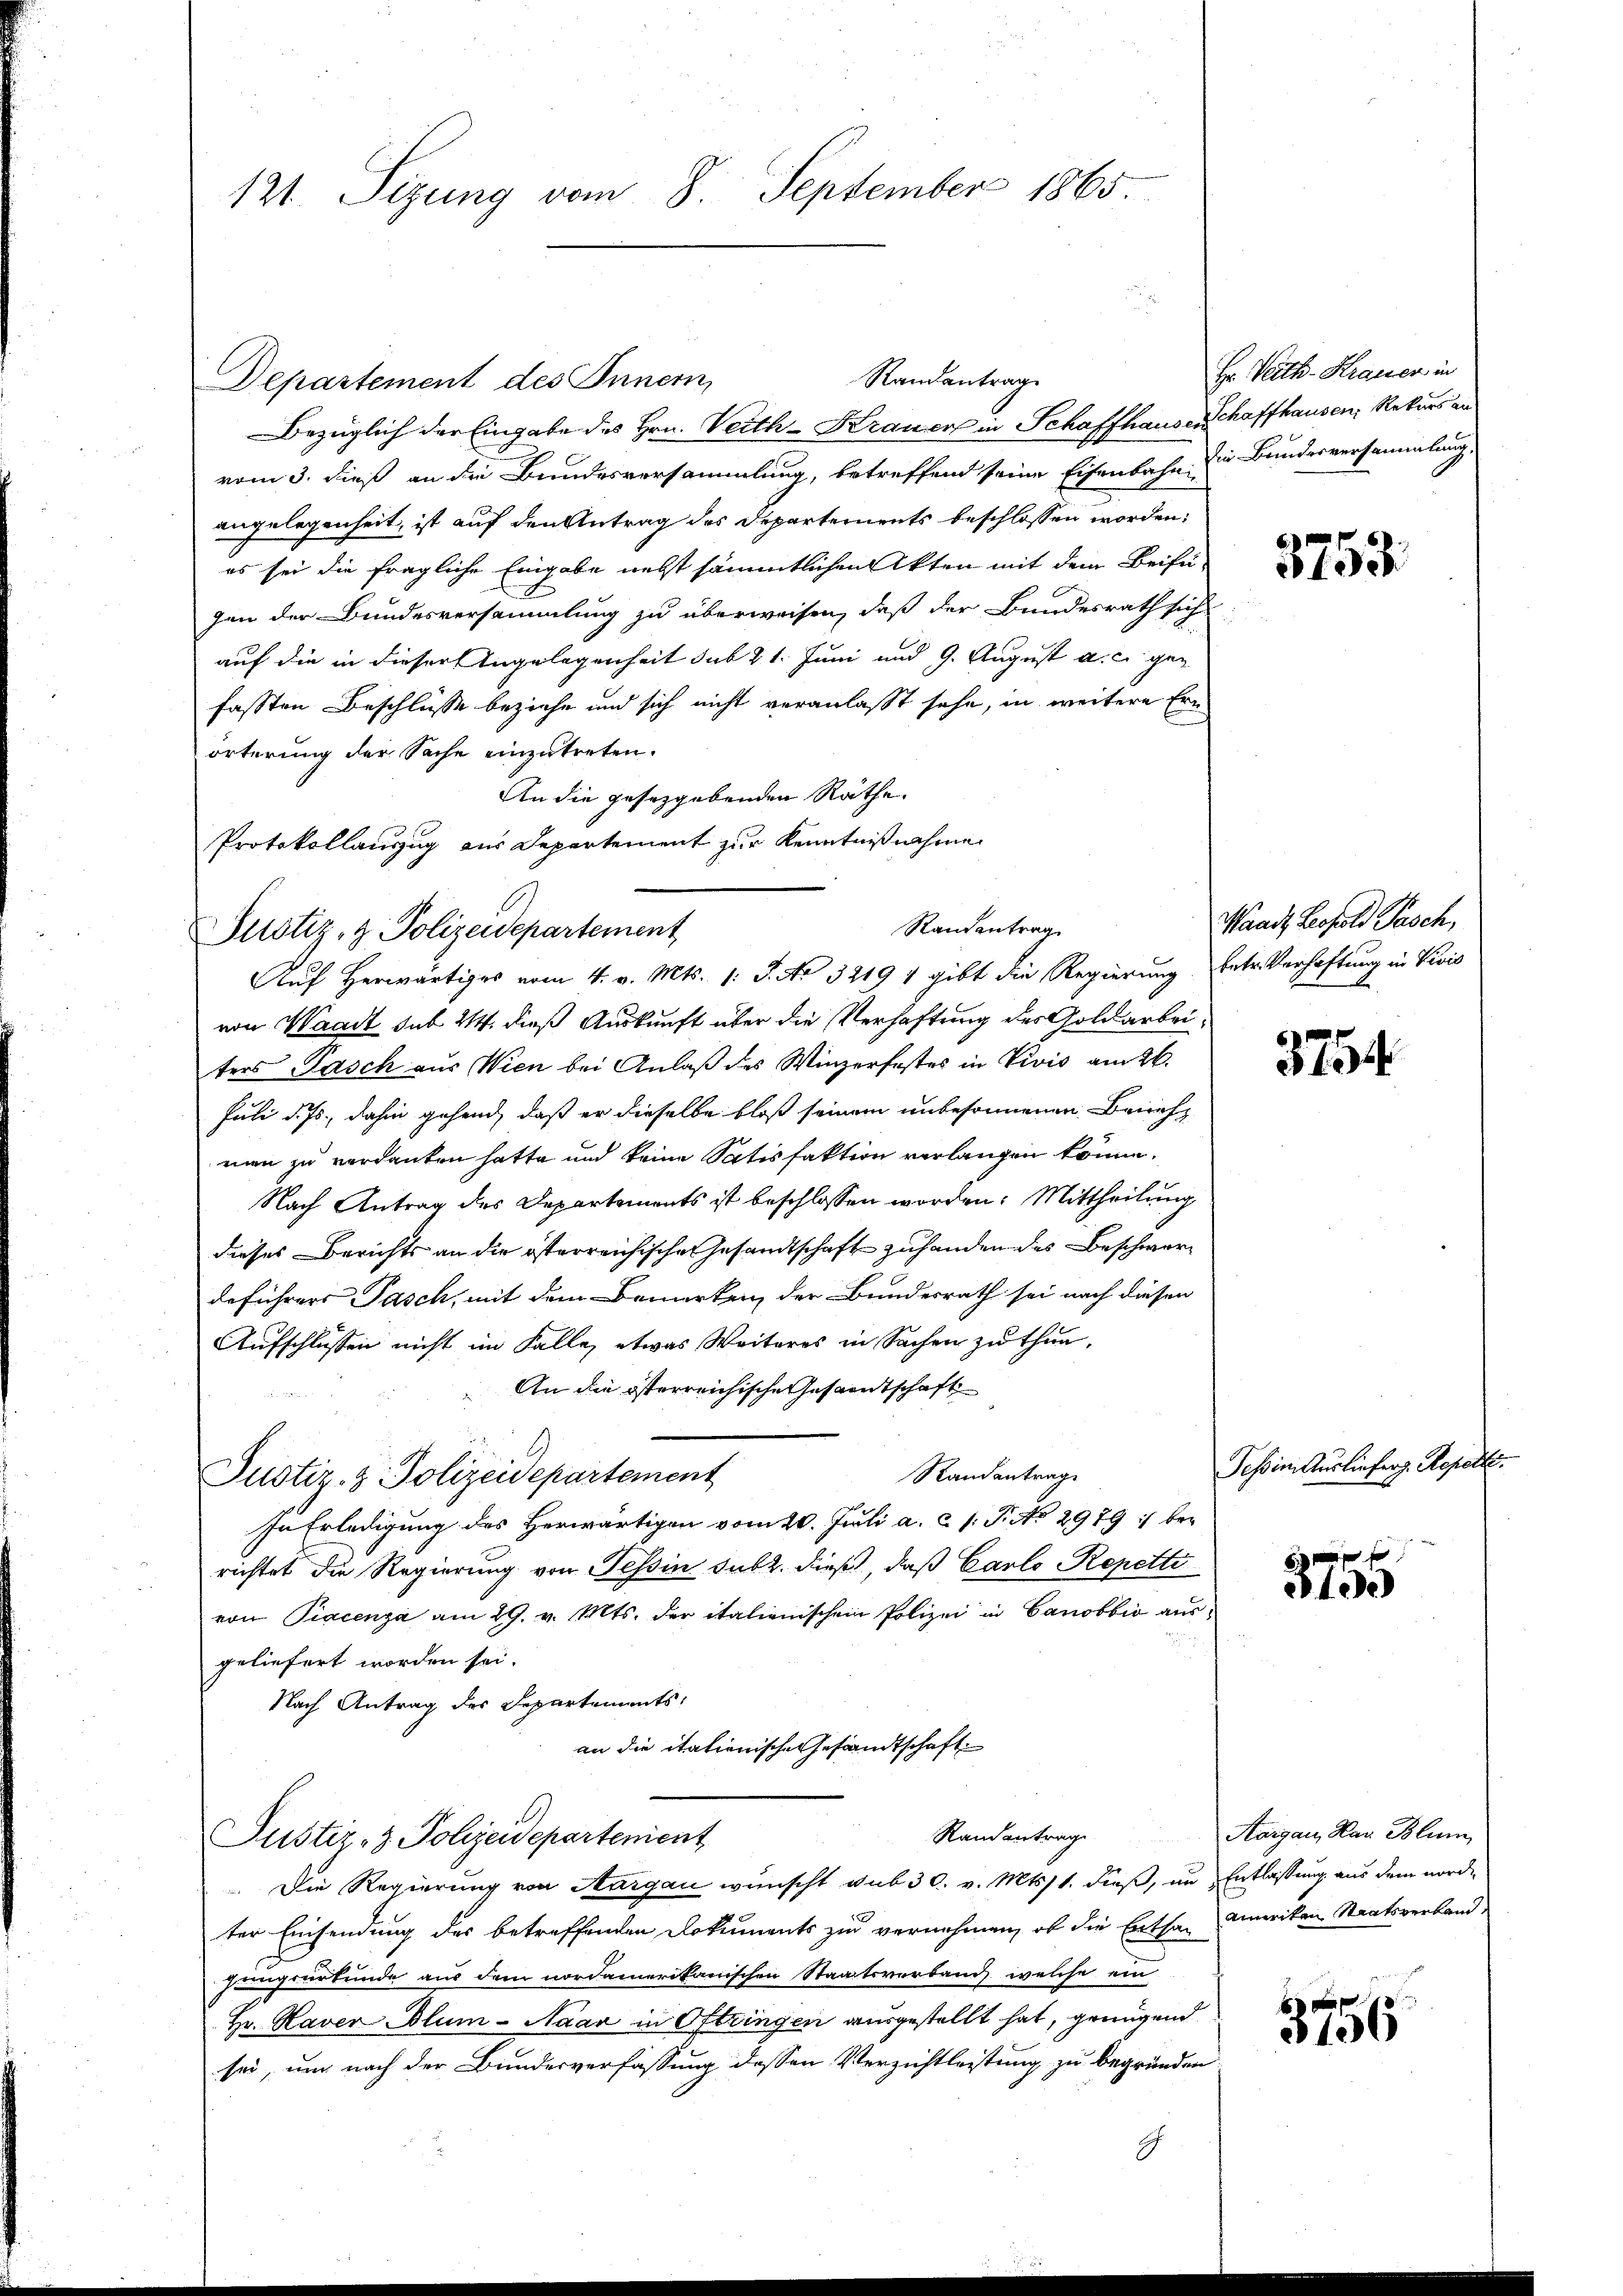
Departement des Innern,
Bezüglich der Eingabe des Hrn. Verth-Krauer in Schaffhauserschaffhausen, Rekurs an
vom 3. dieß an die Bundesversammlung, betreffend seine Eisenbahn die Bundesversammlung
angelegenheit, ist auf den Antrag des Departements beschlossen worden;
es sei die fragliche Eingabe nebst sämmtlichen Akten mit dem Beifü-
gen der Bundesversammlung zu überweisen, daß der Bundesrath sich
auf die in dieser Angelegenheit sub 21. Juni und 9. August a. c. gen
fassten Beschlüsse beziehe und sich nicht veranlasst sehe, in weitere Ern
örterung der Sache einzutreten.
An die gesetzgebenden Räthe
Protokollauszug aus Departement zur Kenntnißnahme
von Waadt sub 214. dieß Auskunft über die Verhaftung des Goldarbeiters Pasch aus Wien bei Anlaß des Winzerfestes in Vivis am 26.
Juli d. Js., dahin gehend, daß er dieselbe bloß seinem unbesonnenen Brief
men zu verdanken hatte und keine Satisfaktion verlangen könne.
Nach Antrag des Departements ist beschlossen worden. Mittheilung
dieses Berichts an die österreichische Gesandtschaft zuhanden des Beschwerdeführers Pasch, mit dem Bemerken, der Bundesrath sei nach diesen
Aufschlüssen nicht im Falle, etwas Weiteres in Sachen zu thun.
An die österreichische Gesamtschaft
1
Randantrage
Justiz- & Polizeidepartement
In Erledigung des Herwärtigen vom 20. Juli a. c. l. J. No 2979 : berichtet die Regierung von Tessin sub 2. dieß, daß Carlo Repetti
von Piacenza am 29. v. Mts. der italienischein Polizei in Canobbić ausgeliefert worden sei.
Nach Antrag des Departements,
an die itationische Gesandtschaft
Randantrage
Justiz- & Polizeidepartenient
Die Regierung von Aargau wünscht sub 30. v. Mts. 1. dieß, um Entlassung aus dem nordter Einsendung des betreffenden Dokuments zu vernehmen, ob die Enthal aneiten Staatsverband,
hungsurkunde aus dem nordamerikanischen Staatsverband, welche ein
Hr. Haver Blum-Naar in Oftringen ausgestellt hat, grungend
sei, und nach der Bundesverfassung dessen Verzichtleistung zu begründen
G

121. Sizung vom 8. September 1865.

Justiz- & Polizeidepartement

Randantrag

Randentrag
Auf Herwärtiges vom 4. v. Mts. 1. J. No 32191 gibt die Regierung Enter Verhaftung in Vivis

Hr. Veith-Krauer in

3753.

Waadt Leopold Pasch,

5754

Tessin Auslieferg. Reperte.

xx
1de

Aargau, Mar Blum

3756